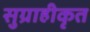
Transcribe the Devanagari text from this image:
सुग्राहीकृत